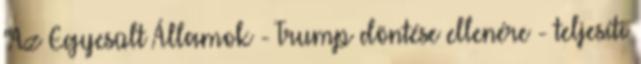
"Az Egyesült Államok - Trump döntése ellenére - teljesíti